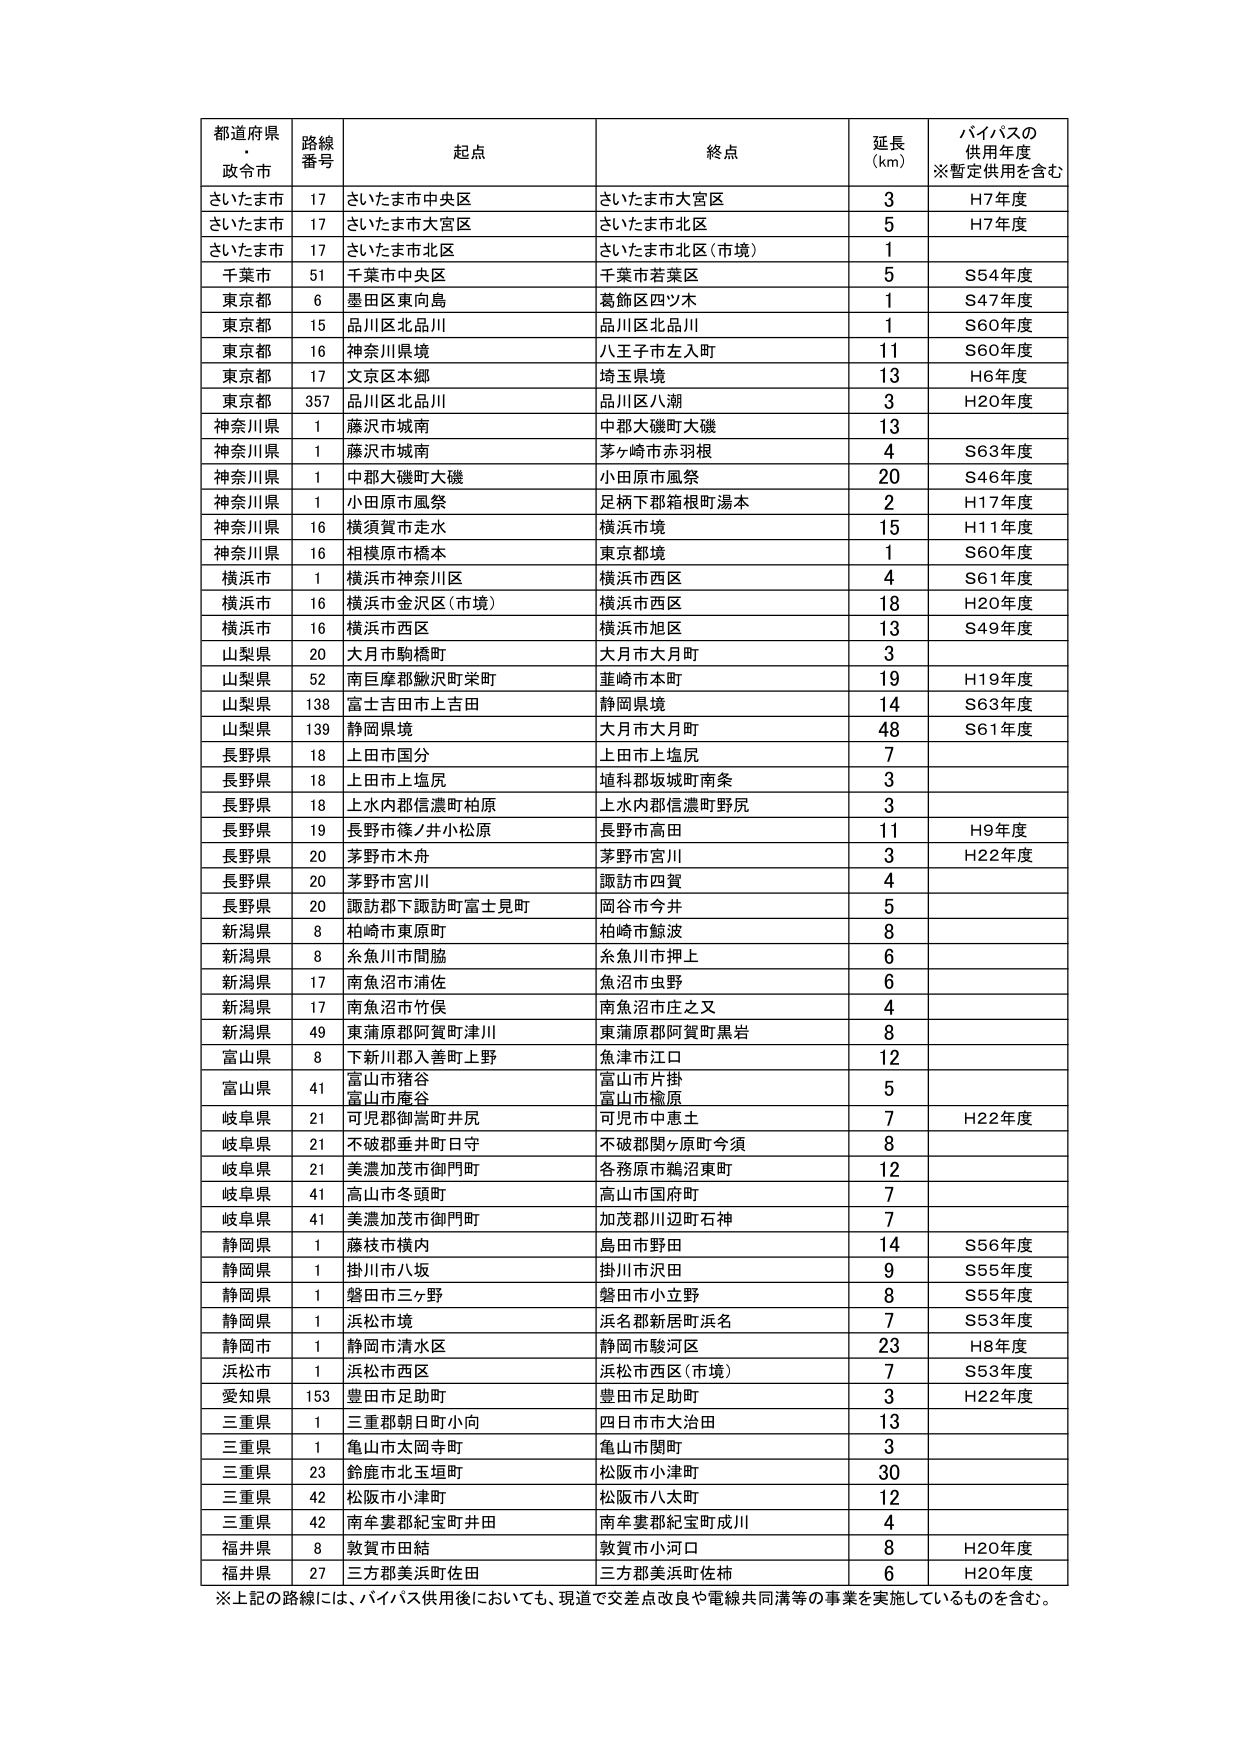
都道府県・政令市 路線番号 起点 終点 延長(km) バイパスの供用年度※暫定供用を含む
さいたま市 17 さいたま市中央区 さいたま市大宮区 3 H7年度
さいたま市 17 さいたま市大宮区 さいたま市北区 5 H7年度
さいたま市 17 さいたま市北区 さいたま市北区(市境) 1
千葉市 51 千葉市中央区 千葉市若葉区 5 S54年度
東京都 6 墨田区東向島 葛飾区四ツ木 1 S47年度
東京都 15 品川区北品川 品川区北品川 1 S60年度
東京都 16 神奈川県境 八王子市左入町 11 S60年度
東京都 17 文京区本郷 埼玉県境 13 H6年度
東京都 357 品川区北品川 品川区八潮 3 H20年度
神奈川県 1 藤沢市城南 中郡大磯町大磯 13
神奈川県 1 藤沢市城南 茅ヶ崎市赤羽根 4 S63年度
神奈川県 1 中郡大磯町大磯 小田原市風祭 20 S46年度
神奈川県 1 小田原市風祭 足柄下郡箱根町湯本 2 H17年度
神奈川県 16 横須賀市走水 横浜市境 15 H11年度
神奈川県 16 相模原市橋本 東京都境 1 S60年度
横浜市 1 横浜市神奈川区 横浜市西区 4 S61年度
横浜市 16 横浜市金沢区(市境) 横浜市西区 18 H20年度
横浜市 16 横浜市西区 横浜市旭区 13 S49年度
山梨県 20 大月市駒橋町 大月市大月町 3
山梨県 52 南巨摩郡鰍沢町栄町 韮崎市本町 19 H19年度
山梨県 138 富士吉田市上吉田 静岡県境 14 S63年度
山梨県 139 静岡県境 大月市大月町 48 S61年度
長野県 18 上田市国分 上田市上塩尻 7
長野県 18 上田市上塩尻 埴科郡坂城町南条 3
長野県 18 上水内郡信濃町柏原 上水内郡信濃町野尻 3
長野県 19 長野市篠ノ井小松原 長野市高田 11 H9年度
長野県 20 茅野市木舟 茅野市宮川 3 H22年度
長野県 20 茅野市宮川 諏訪市四賀 4
長野県 20 諏訪郡下諏訪町富士見町 岡谷市今井 5
新潟県 8 柏崎市東原町 柏崎市鯨波 8
新潟県 8 糸魚川市間脇 糸魚川市押上 6
新潟県 17 南魚沼市浦佐 魚沼市虫野 6
新潟県 17 南魚沼市竹俣 南魚沼市庄之又 4
新潟県 49 東蒲原郡阿賀町津川 東蒲原郡阿賀町黒岩 8
富山県 8 下新川郡入善町上野 魚津市江口 12
富山県 41 富山市猪谷 富山市片掛 富山市檜原 5
岐阜県 21 可児郡御嵩町井尻 可児市中恵土 7 H22年度
岐阜県 21 不破郡垂井町日守 不破郡関ヶ原町今須 8
岐阜県 21 美濃加茂市御門町 各務原市鵜沼東町 12
岐阜県 41 高山市冬頭町 高山市国府町 7
岐阜県 41 美濃加茂市御門町 加茂郡川辺町石神 7
静岡県 1 藤枝市横内 島田市野田 14 S56年度
静岡県 1 掛川市八坂 掛川市沢田 9 S55年度
静岡県 1 磐田市三ヶ野 磐田市小立野 8 S55年度
静岡県 1 浜松市境 浜名郡新居町浜名 7 S53年度
静岡市 1 静岡市清水区 静岡市駿河区 23 H8年度
浜松市 1 浜松市西区 浜松市西区(市境) 7 S53年度
愛知県 153 豊田市足助町 豊田市足助町 3 H22年度
三重県 1 三重郡朝日町小向 四日市市大治田 13
三重県 1 亀山市太岡寺町 亀山市関町 3
三重県 23 鈴鹿市北玉垣町 松阪市小津町 30
三重県 42 松阪市小津町 松阪市八太町 12
三重県 42 南牟婁郡紀宝町井田 南牟婁郡紀宝町成川 4
福井県 8 敦賀市田結 敦賀市小河口 8 H20年度
福井県 27 三方郡美浜町佐田 三方郡美浜町佐柿 6 H20年度
※上記の路線には、バイパス供用後においても、現道で交差点改良や電線共同溝等の事業を実施しているものを含む。